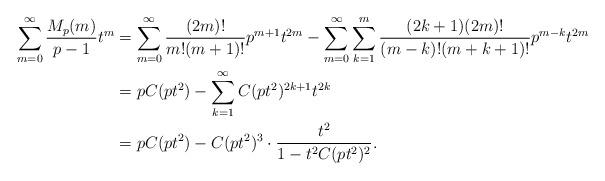
LaTeX: \begin{align*}\sum_{m=0}^\infty \frac{M_p(m)}{p-1} t^m &= \sum_{m = 0}^\infty \frac{(2m)!}{m! (m+1)!} p^{m+1} t^{2m} - \sum_{m = 0}^\infty \sum_{k = 1}^m \frac{(2k+1)(2m)!}{(m-k)!(m+k+1)!}p^{m-k}t^{2m} \\&= pC(pt^2) - \sum_{k = 1}^\infty C(pt^2)^{2k + 1}t^{2k} \\&= pC(pt^2) - C(pt^2)^3\cdot \frac{t^2}{1 - t^2C (pt^2)^2}.\end{align*}